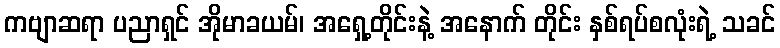
ကဗျာဆရာ ပညာရှင် အိုမာခယမ်၊ အရှေ့တိုင်းနဲ့ အနောက် တိုင်း နှစ်ရပ်စလုံးရဲ့ သခင်